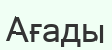
Ағады